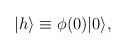
\begin{align*}|h\rangle\equiv \phi(0)|0\rangle,\end{align*}